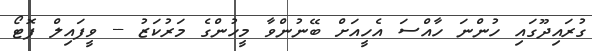
ގުރައިދޫގައި ހުންނަ ހާއްސަ އެހީއަށް ބޭނުންވާ މީހުންގެ މަރުކަޒު -- ވީފައިލް ފޮޓޯ